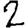
Digit: 2